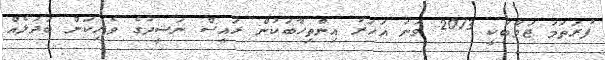
ފުރަތަމަ ޖަވާބަކީ 2013 ވަނަ އަހަރު އިންތިހާބަކުން ރައީސް ނަޝީދުގެ ވެރިކަން ބަދަލެއް